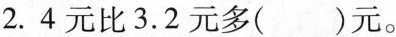
2. 4元比3.2元多()元。